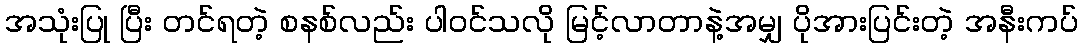
အသုံးပြု ပြီး တင်ရတဲ့ စနစ်လည်း ပါဝင်သလို မြင့်လာတာနဲ့အမျှ ပိုအားပြင်းတဲ့ အနီးကပ်